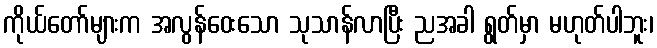
ကိုယ်တော်များက အလွန်ဝေးသော သုသာန်လာပြီး ညအခါ ရွတ်မှာ မဟုတ်ပါဘူး၊